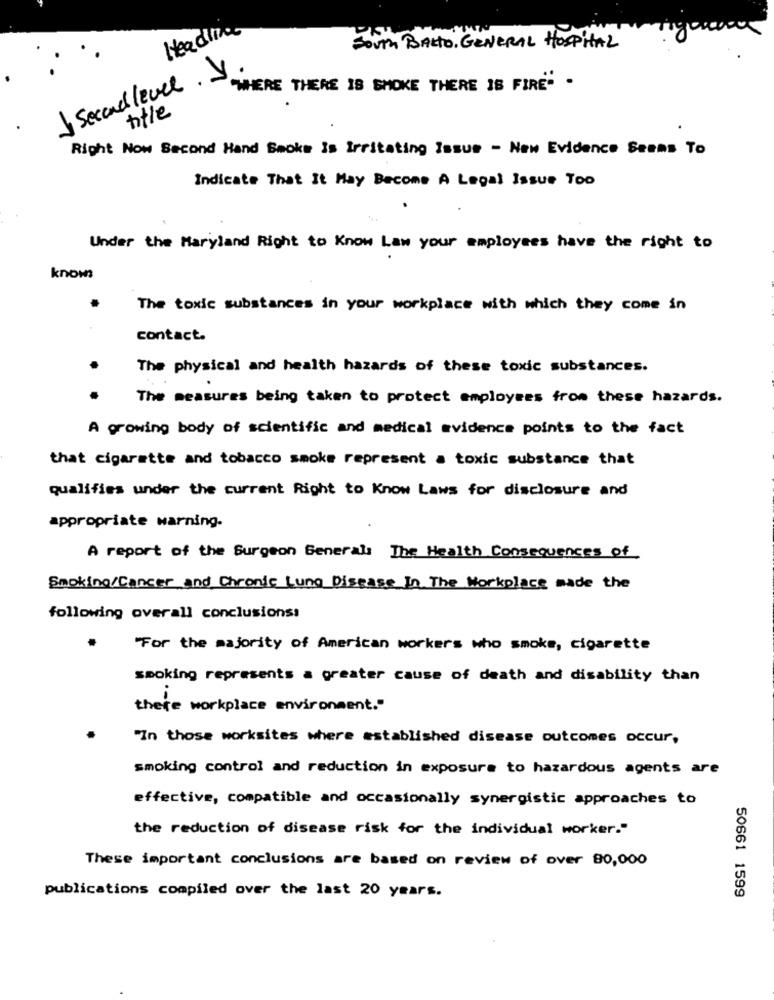
Headling
SOUTH BALTO, GENERAL HOSPITAL
J Second level. J
"WHERE THERE IS SMOKE THERE IS FIRE" .
title
Right Now Second Hand Smoke Is Irritating Issue - New Evidence Seems To
Indicate That It May Become A Legal Issue Too
Under the Maryland Right to Know Law your employees have the right to
knows
The toxic substances in your workplace with which they come in
contact.
The physical and health hazards of these toxic substances.
The measures being taken to protect employees from these hazards.
A growing body of scientific and medical evidence points to the fact
that cigarette and tobacco smoke represent a toxic substance that
qualifies under the current Right to Know Laws for disclosure and
appropriate warning.
A report of the Surgeon Generals The Health Consequences of
Smoking/Cancer and Chronic Lung Disease In The Workplace made the
following overall conclusions:
"For the majority of American workers who smoke, cigarette
smoking represents a greater cause of death and disability than
there workplace environment."
"In those worksites where established disease outcomes occur,
smoking control and reduction in exposure to hazardous agents are
effective, compatible and occasionally synergistic approaches to
the reduction of disease risk for the individual worker."
These important conclusions are based on review of over 80,000
50661 1599
publications compiled over the last 20 years.